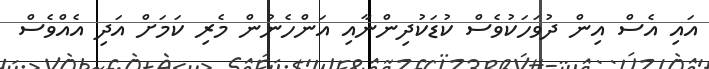
އައި އެސް އިން ދުވަހަކުވެސް ކުޑަކުދިންނާއި އަންހެނުން މެރި ކަމަށް އަދި އެއްވެސް